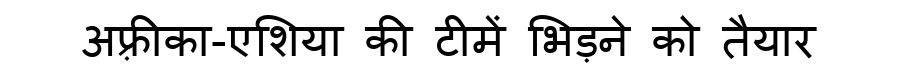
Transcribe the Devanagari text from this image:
अफ़्रीका-एशिया की टीमें भिड़ने को तैयार